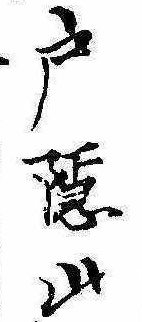
戸隠山